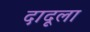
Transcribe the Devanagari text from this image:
दादूला